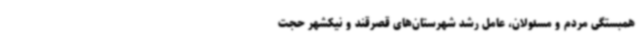
همبستگی مردم و مسئولان، عامل رشد شهرستان‌های قصرقند و نیکشهر حجت